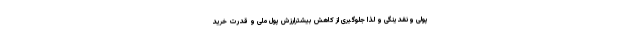
پولی ونقدینگی و لذا جلوگیری از کاهش بیشترارزش پول ملی و قدرت خرید